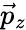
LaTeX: \vec{p}_{z}